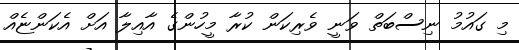
މި ގައުމު ނިސްބަތް ވަނީ ވެރިކަން ކުރާ މީހުންގެ އާއިލާ އަށް އެކަންޏެއް